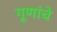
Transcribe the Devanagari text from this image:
गूणांचे